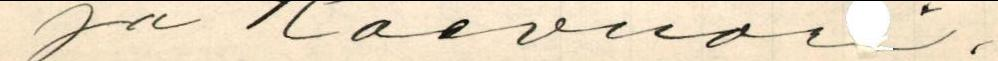
ja Raevuori.